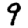
Digit: 9